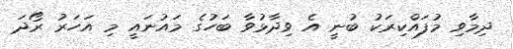
ދިމާވި މުފައްކިރަކު ބުނީ އެ ވިދާޅުވާ ބަހުގެ މައުނައީ މި އަހަރު ރޯދަ